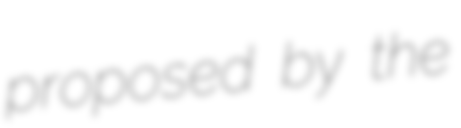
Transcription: proposed by the